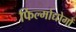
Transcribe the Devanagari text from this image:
फिल्मोद्योगों